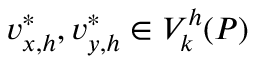
{ v _ { x , h } ^ { \ast } , v _ { y , h } ^ { \ast } \in V _ { k } ^ { h } ( { P } ) }